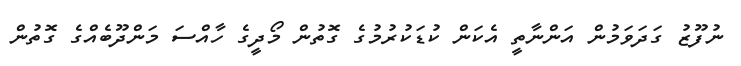
ނުފޫޒު ގަދަވަމުން އަންނާތީ އެކަން ކުޑަކުރުމުގެ ގޮތުން މޯދީގެ ހާއްސަ މަންދޫބެއްގެ ގޮތުން